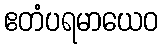
ဧတံပရမာယေဝ